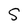
Character: S